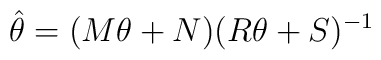
\hat \theta = (M\theta + N)(R\theta + S)^{-1}